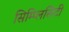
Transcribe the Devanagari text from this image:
सिम्प्लिसिटी